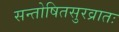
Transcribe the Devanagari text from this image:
सन्तोषितसुरव्रातः